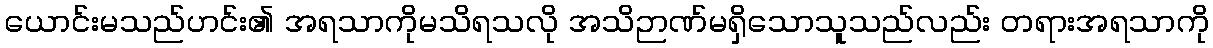
ယောင်းမသည်ဟင်း၏ အရသာကိုမသိရသလို အသိဉာဏ်မရှိသောသူသည်လည်း တရားအရသာကို